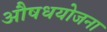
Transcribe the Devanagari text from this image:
औषधयोजना